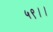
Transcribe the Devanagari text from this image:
५९।।